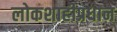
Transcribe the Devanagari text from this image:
लोकशाहीप्रधान